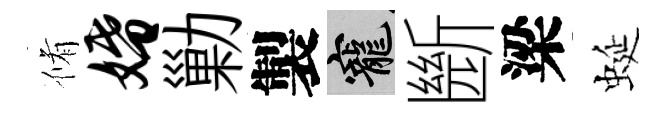
脩婚勦製寵㫁梁蜒